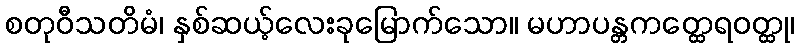
စတုဝီသတိမံ၊ နှစ်ဆယ့်လေးခုမြောက်သော။ မဟာပန္တကတ္ထေရဝတ္ထု၊